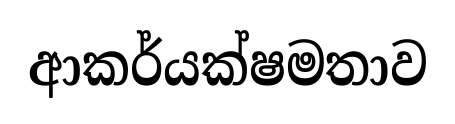
ආකර්යක්ෂමතාව